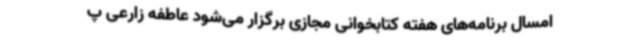
امسال برنامه‌های هفته کتابخوانی مجازی برگزار می‌شود عاطفه زارعی پ